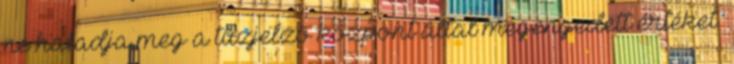
ne haladja meg a tûzjelzõ központ által megengedett értéket.